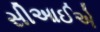
સીઆઈએ